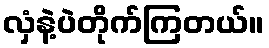
လှံနဲ့ပဲတိုက်ကြတယ်။